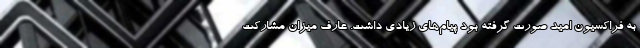
به فراکسیون امید صورت گرفته بود پیام‌های زیادی داشت. عارف میزان مشارکت